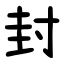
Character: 封